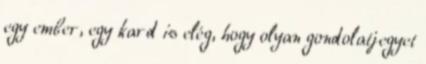
egy ember, egy kard is elég, hogy olyan gondolatjegyet